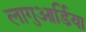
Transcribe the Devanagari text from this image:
लागुआर्डिया